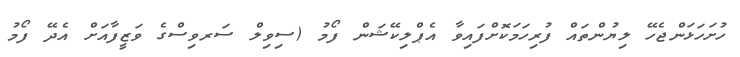
ހުށަހަޅަންޖެހޭ ލިޔުންތައް ފުރިހަމަކޮށްފައިވާ އެޕްލިކޭޝަން ފޯމު (ސިވިލް ސަރވިސްގެ ވަޒީފާއަށް އެދޭ ފޯމު